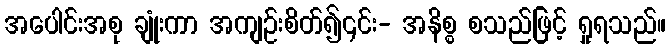
အပေါင်းအစု ချုံးကာ အကျဉ်းစိတ်၍၎င်း- အနိစ္စ စသည်ဖြင့် ရှုရသည်။